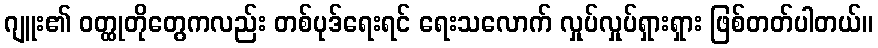
ဂျူး၏ ဝတ္ထုတိုတွေကလည်း တစ်ပုဒ်ရေးရင် ရေးသလောက် လှုပ်လှုပ်ရှားရှား ဖြစ်တတ်ပါတယ်။